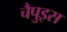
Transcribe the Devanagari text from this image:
चैपुइस